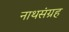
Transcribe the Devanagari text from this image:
नाथसंग्रह